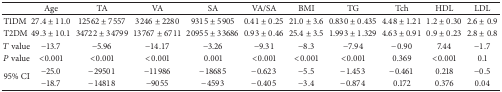
|  | Age | TA | VA | SA | VA/SA | BMI | TG | Tch | HDL | LDL |
 | --- | --- | --- | --- | --- | --- | --- | --- | --- | --- | --- |
 | T1DM | 27.4 ± 11.0 | 12562 ± 7557 | 3246 ± 2280 | 9315 ± 5905 | 0.41 ± 0.25 | 21.0 ± 3.6 | 0.830 ± 0.435 | 4.48 ± 1.21 | 1.2 ± 0.30 | 2.6 ± 0.9 |
 | T2DM | 49.3 ± 10.1 | 34722 ± 34799 | 13767 ± 6711 | 20955 ± 33686 | 0.93 ± 0.46 | 25.4 ± 3.5 | 1.993 ± 1.329 | 4.63 ± 0.91 | 0.9 ± 0.23 | 2.8 ± 0.8 |
 | T value | −13.7 | −5.96 | −14.17 | −3.26 | −9.31 | −8.3 | −7.94 | −0.90 | 7.44 | −1.7 |
 | P value | <0.001 | <0.001 | <0.001 | 0.001 | <0.001 | <0.001 | <0.001 | 0.369 | <0.001 | 0.1 |
 | <ROWSPAN=2> 95% CI | −25.0 | −29501 | −11986 | −18685 | −0.623 | −5.5 | −1.453 | −0.461 | 0.218 | −0.5 |
 | −18.7 | −14818 | −9055 | −4593 | −0.405 | −3.4 | −0.874 | 0.172 | 0.376 | 0.04 |